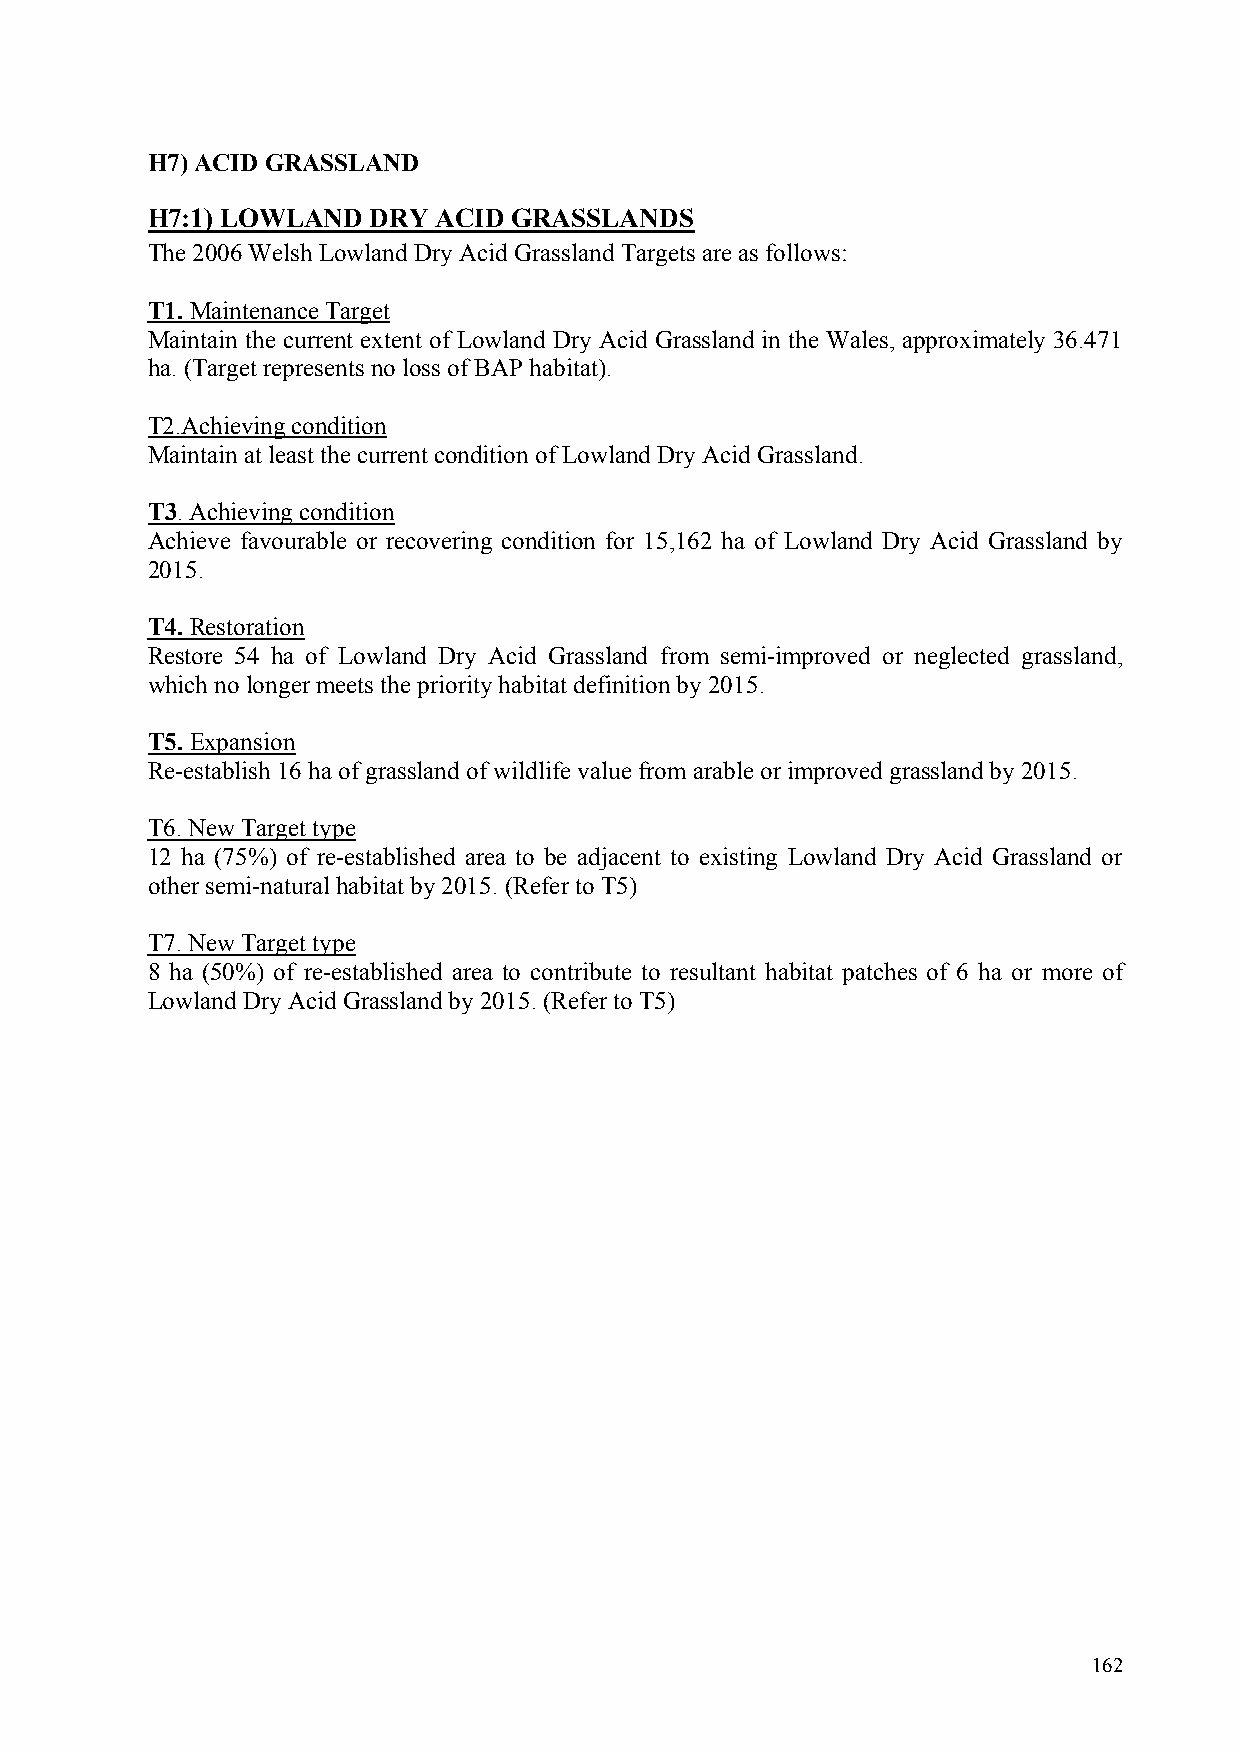
H7) ACID GRASSLAND
 H7:1) LOWLAND DRY  ACID GRASSLANDS
 The 2006 Welsh Lowland Dry Acid GrasslandTargets are as follows:
 T1. Maintenance Target
 Maintain the current extent of Lowland Dry Acid Grassland in the Wales, approximately 36.471
 ha. (Target represents no loss of BAP habitat).
 T2.Achieving condition
 Maintain at least the current condition of Lowland Dry Acid Grassland.
 T3. Achieving condition
 Achieve favourable or recovering condition for 15,162 ha of Lowland Dry Acid Grassland by
 2015.
 T4. Restoration
 Restore 54 ha of Lowland Dry Acid Grassland from semi-improved or neglected grassland,
 which no longer meets the priority habitat definition by 2015.
 T5. Expansion
 Re-establish 16ha of grassland of wildlife value from arable or improved grassland by 2015.
 T6. New Target type
 12 ha (75%) of re-established area to be adjacent to existing Lowland Dry Acid Grassland or
 other semi-natural habitat by 2015. (Refer to T5)
 T7. New Target type
 8 ha (50%) of re-established area to contribute to resultant habitat patches of 6 ha or more of
 Lowland Dry Acid Grassland by 2015. (Refer to T5)
 162